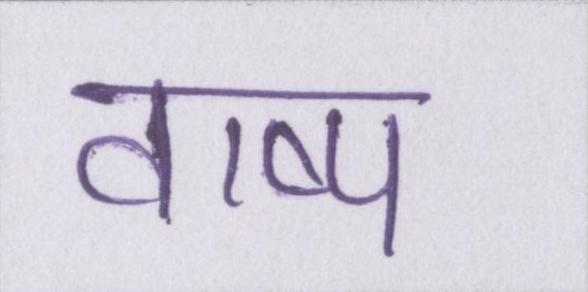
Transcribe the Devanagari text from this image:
वाष्प